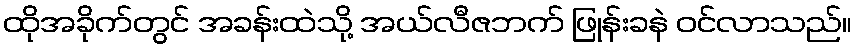
ထိုအခိုက်တွင် အခန်းထဲသို့ အယ်လီဇဘက် ဖြုန်းခနဲ ဝင်လာသည်။